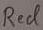
Text: Red